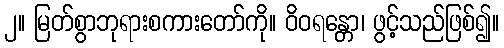
၂။ မြတ်စွာဘုရားစကားတော်ကို။ ဝိဝရန္တော၊ ဖွင့်သည်ဖြစ်၍။